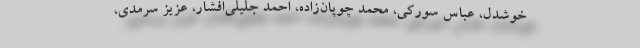
خوشدل، عباس سوركی، محمد چوپان‌زاده، احمد جلیلی‌‌‌افشار، عزیز سرمدی،